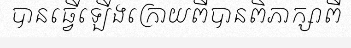
បានធ្វើឡើងក្រោយពីបានពិភាក្សាពី